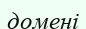
домені